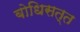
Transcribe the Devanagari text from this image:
बोधिसत्त